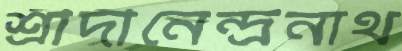
শ্রীদীনেন্দ্রনাথ